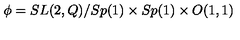
\phi = S L ( 2 , Q ) / S p ( 1 ) \times S p ( 1 ) \times O ( 1 , 1 )